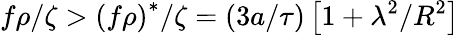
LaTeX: f\rho/\zeta>\left(f\rho\right)^{\ast}/\zeta=(3a/\tau)\left[1+\lambda^{2}/R^{2}\right]